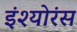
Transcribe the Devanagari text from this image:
इंश्योरंस